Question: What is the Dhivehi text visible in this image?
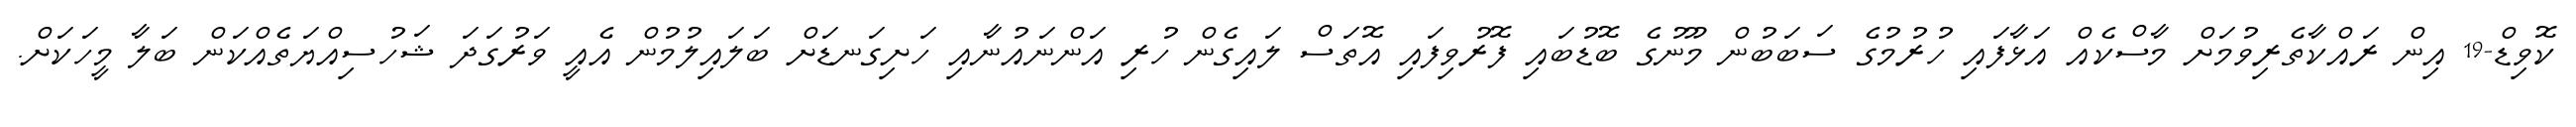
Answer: ކޮވިޑް-19 އިން ރައްކާތެރިވުމަށް މާސްކެއް އަޅާފައި ހުރުމުގެ ސަބަބުން މޫނުގެ ބޮޑުބައި ފޮރުވިފައި އޮތަސް ލައިގެން ހުރި އަންނައުނާއި ހަށިގަނޑަށް ބަލައިލުމުން އެއީ ވަރުގަދަ ޝަހުސިއްޔަތެއްކަން ބަލާ މީހަކަށް.